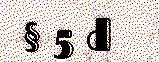
§ 5 d